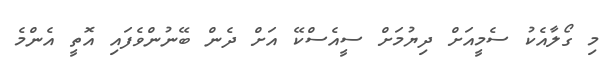
މި ގޯލާއެކު ސެމީއަށް ދިޔުމަށް ސީއެސްކޭ އަށް ދެން ބޭނުންވެފައި އޮތީ އެންމެ